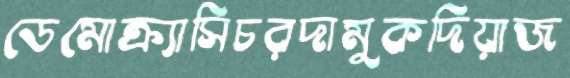
ডেমোক্র্যাসিচরদামুকদিয়াজ